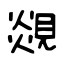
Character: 覢